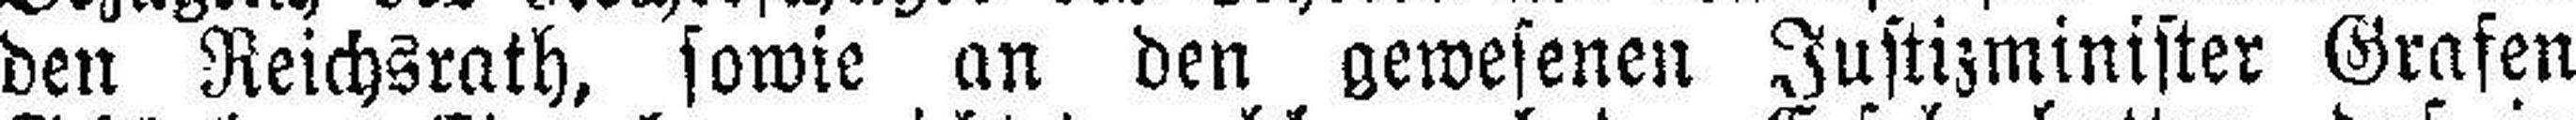
den Reichsrath, sowie an den gewesenen Justizminister Grafen